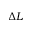
\Delta L